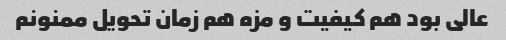
عالی بود هم کیفیت و مزه هم زمان تحویل ممنونم